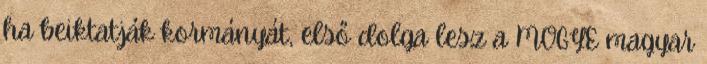
ha beiktatják kormányát, első dolga lesz a MOGYE magyar